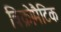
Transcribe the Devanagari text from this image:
त्रिक्रोमैटिक